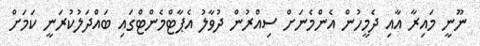
ނޫނީ މައިރާ އާއި ދެމީހުން އެންމެނަށް ސިއްރުން ދުވާލު އެޕާޓްމެންޓްގައި ބައްދަލުކުރަނީ ކަމަށް